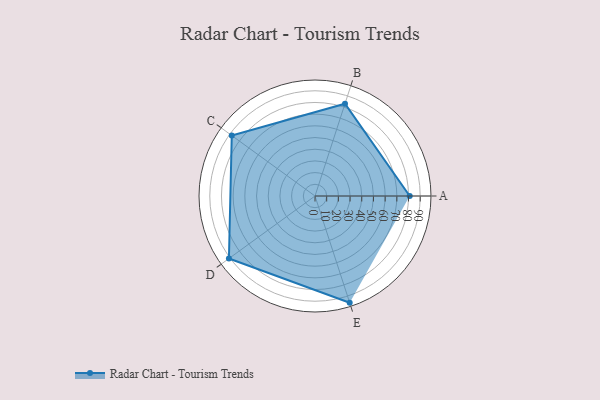
{"axis": {"x": "Skill", "y": "Score"}, "legend": ["Profile"], "data": [{"x": "A", "y": 81.0, "type": "Profile"}, {"x": "B", "y": 83.0, "type": "Profile"}, {"x": "C", "y": 88.0, "type": "Profile"}, {"x": "D", "y": 91.0, "type": "Profile"}, {"x": "E", "y": 96.0, "type": "Profile"}]}